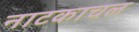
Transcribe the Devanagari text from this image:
नाटकाचल